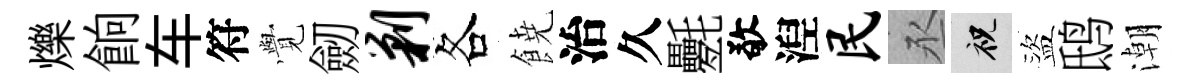
爍餉车符𮗜劒剿各𩜙治久氎敬湼民丞祝盜鸱潮